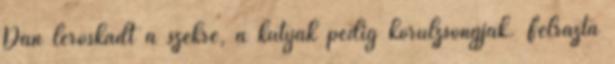
Dan leroskadt a székre, a kutyák pedig körülzsongják. Felrázta